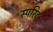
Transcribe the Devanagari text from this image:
स्परिट